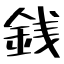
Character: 銭